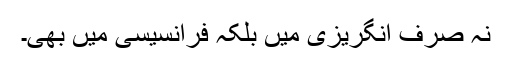
نہ صرف انگریزی میں بلکہ فرانسیسی میں بھی۔